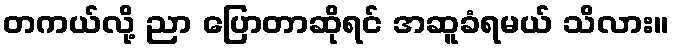
တကယ်လို့ ညာ ပြောတာဆိုရင် အဆူခံရမယ် သိလား။